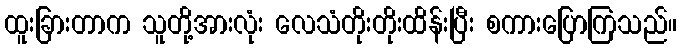
ထူးခြားတာက သူတို့အားလုံး လေသံတိုးတိုးထိန်းပြီး စကားပြောကြသည်။